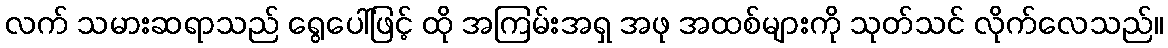
လက် သမားဆရာသည် ရွေပေါ်ဖြင့် ထို အကြမ်းအရှ အဖု အထစ်များကို သုတ်သင် လိုက်လေသည်။